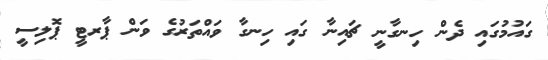
ގައުމުގައި ދެން ހިނގާނީ ޗައިނާ ގައި ހިނގާ ވައްތަރުގެ ވަން ޕާރޓީ ޕޮލިސީ